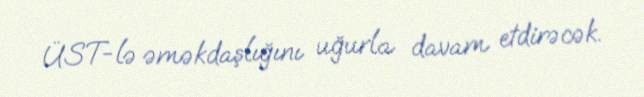
ÜST-lə əməkdaşlığını uğurla davam etdirəcək.